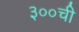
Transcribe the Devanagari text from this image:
३००ची